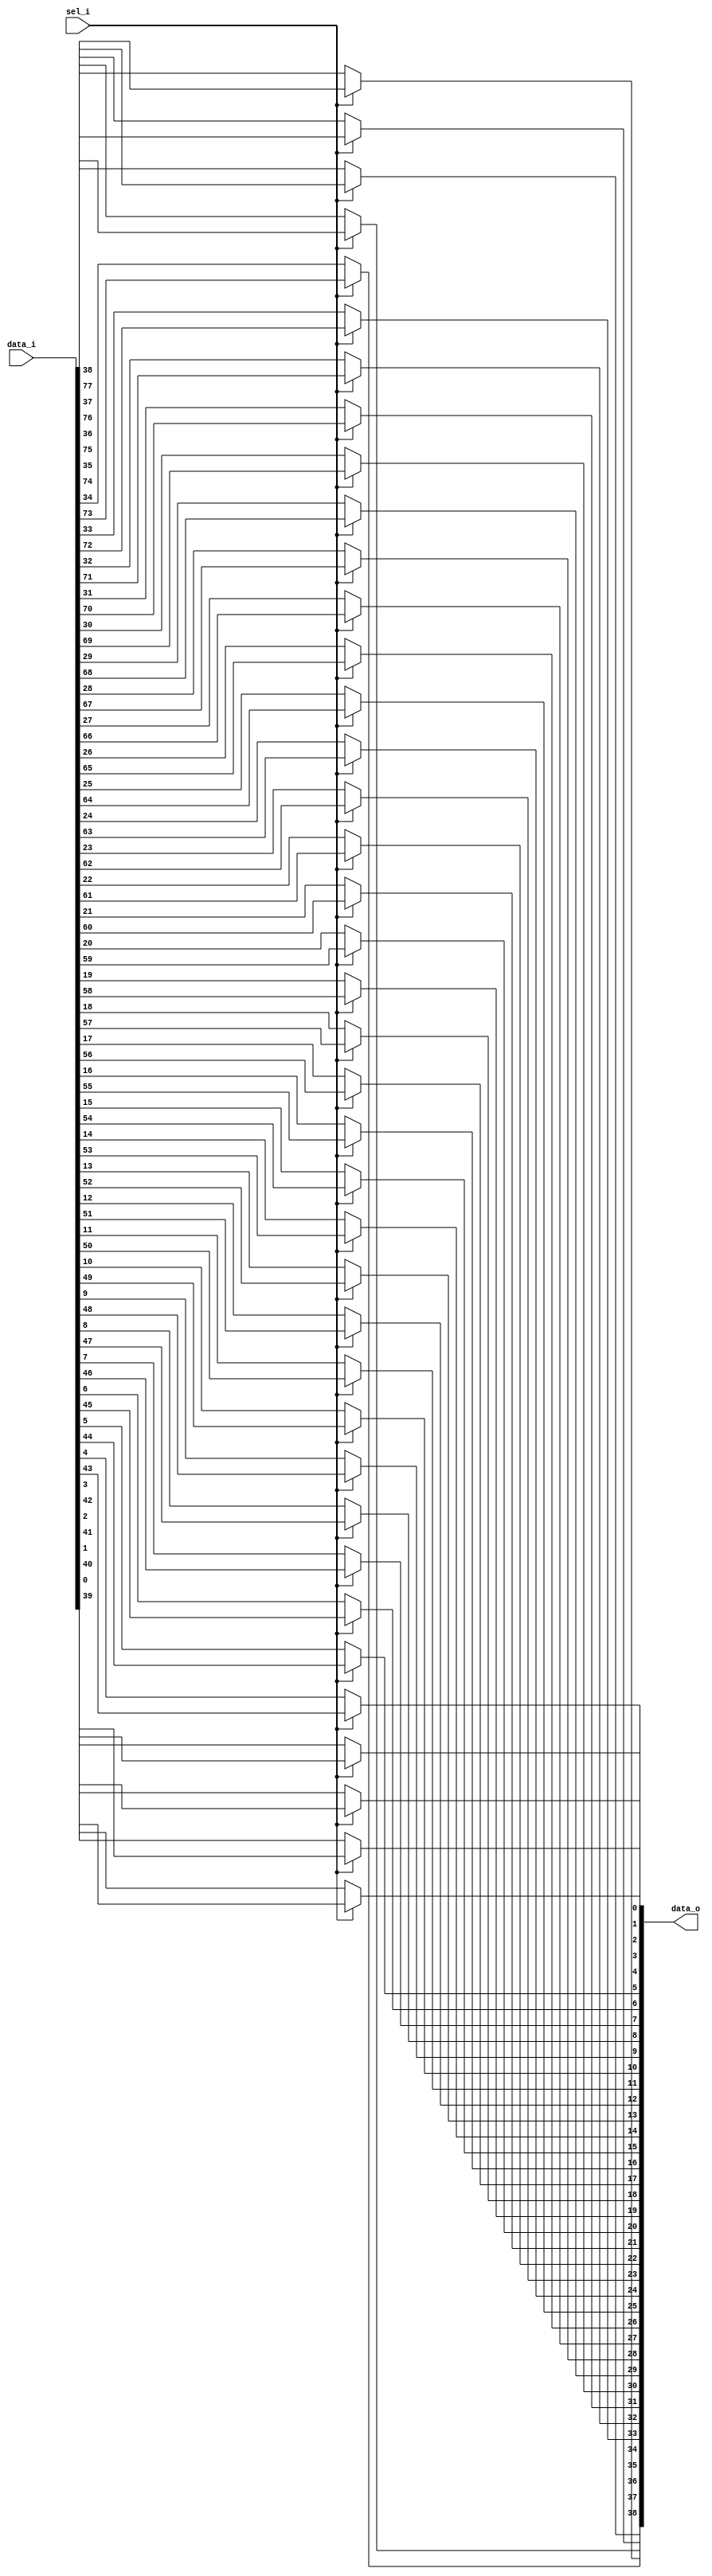
module bsg_mux_width_p39_els_p2
(
  data_i,
  sel_i,
  data_o
);

  input [77:0] data_i;
  input [0:0] sel_i;
  output [38:0] data_o;
  wire [38:0] data_o;
  wire N0,N1;
  assign data_o[38] = (N1)? data_i[38] : 
                      (N0)? data_i[77] : 1'b0;
  assign N0 = sel_i[0];
  assign data_o[37] = (N1)? data_i[37] : 
                      (N0)? data_i[76] : 1'b0;
  assign data_o[36] = (N1)? data_i[36] : 
                      (N0)? data_i[75] : 1'b0;
  assign data_o[35] = (N1)? data_i[35] : 
                      (N0)? data_i[74] : 1'b0;
  assign data_o[34] = (N1)? data_i[34] : 
                      (N0)? data_i[73] : 1'b0;
  assign data_o[33] = (N1)? data_i[33] : 
                      (N0)? data_i[72] : 1'b0;
  assign data_o[32] = (N1)? data_i[32] : 
                      (N0)? data_i[71] : 1'b0;
  assign data_o[31] = (N1)? data_i[31] : 
                      (N0)? data_i[70] : 1'b0;
  assign data_o[30] = (N1)? data_i[30] : 
                      (N0)? data_i[69] : 1'b0;
  assign data_o[29] = (N1)? data_i[29] : 
                      (N0)? data_i[68] : 1'b0;
  assign data_o[28] = (N1)? data_i[28] : 
                      (N0)? data_i[67] : 1'b0;
  assign data_o[27] = (N1)? data_i[27] : 
                      (N0)? data_i[66] : 1'b0;
  assign data_o[26] = (N1)? data_i[26] : 
                      (N0)? data_i[65] : 1'b0;
  assign data_o[25] = (N1)? data_i[25] : 
                      (N0)? data_i[64] : 1'b0;
  assign data_o[24] = (N1)? data_i[24] : 
                      (N0)? data_i[63] : 1'b0;
  assign data_o[23] = (N1)? data_i[23] : 
                      (N0)? data_i[62] : 1'b0;
  assign data_o[22] = (N1)? data_i[22] : 
                      (N0)? data_i[61] : 1'b0;
  assign data_o[21] = (N1)? data_i[21] : 
                      (N0)? data_i[60] : 1'b0;
  assign data_o[20] = (N1)? data_i[20] : 
                      (N0)? data_i[59] : 1'b0;
  assign data_o[19] = (N1)? data_i[19] : 
                      (N0)? data_i[58] : 1'b0;
  assign data_o[18] = (N1)? data_i[18] : 
                      (N0)? data_i[57] : 1'b0;
  assign data_o[17] = (N1)? data_i[17] : 
                      (N0)? data_i[56] : 1'b0;
  assign data_o[16] = (N1)? data_i[16] : 
                      (N0)? data_i[55] : 1'b0;
  assign data_o[15] = (N1)? data_i[15] : 
                      (N0)? data_i[54] : 1'b0;
  assign data_o[14] = (N1)? data_i[14] : 
                      (N0)? data_i[53] : 1'b0;
  assign data_o[13] = (N1)? data_i[13] : 
                      (N0)? data_i[52] : 1'b0;
  assign data_o[12] = (N1)? data_i[12] : 
                      (N0)? data_i[51] : 1'b0;
  assign data_o[11] = (N1)? data_i[11] : 
                      (N0)? data_i[50] : 1'b0;
  assign data_o[10] = (N1)? data_i[10] : 
                      (N0)? data_i[49] : 1'b0;
  assign data_o[9] = (N1)? data_i[9] : 
                     (N0)? data_i[48] : 1'b0;
  assign data_o[8] = (N1)? data_i[8] : 
                     (N0)? data_i[47] : 1'b0;
  assign data_o[7] = (N1)? data_i[7] : 
                     (N0)? data_i[46] : 1'b0;
  assign data_o[6] = (N1)? data_i[6] : 
                     (N0)? data_i[45] : 1'b0;
  assign data_o[5] = (N1)? data_i[5] : 
                     (N0)? data_i[44] : 1'b0;
  assign data_o[4] = (N1)? data_i[4] : 
                     (N0)? data_i[43] : 1'b0;
  assign data_o[3] = (N1)? data_i[3] : 
                     (N0)? data_i[42] : 1'b0;
  assign data_o[2] = (N1)? data_i[2] : 
                     (N0)? data_i[41] : 1'b0;
  assign data_o[1] = (N1)? data_i[1] : 
                     (N0)? data_i[40] : 1'b0;
  assign data_o[0] = (N1)? data_i[0] : 
                     (N0)? data_i[39] : 1'b0;
  assign N1 = ~sel_i[0];

endmodule